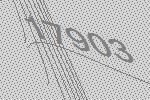
17903